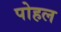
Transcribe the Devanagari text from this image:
पोहल